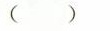
( )